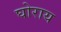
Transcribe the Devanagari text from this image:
घोराय